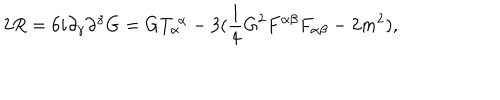
2 R = 6 i \partial _ { \gamma } \partial ^ { \gamma } G = G T _ { \alpha } ^ { ~ \alpha } - 3 ( { \frac { 1 } { 4 } } G ^ { 2 } F ^ { \alpha \beta } F _ { \alpha \beta } - 2 m ^ { 2 } ) ,